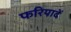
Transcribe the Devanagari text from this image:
फरियादें